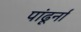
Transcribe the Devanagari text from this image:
पांढूर्ना